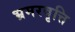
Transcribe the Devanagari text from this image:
भ्रमरवृत्ति